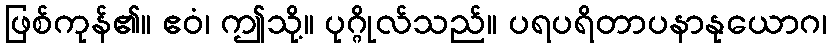
ဖြစ်ကုန်၏။ ဧဝံ၊ ဤသို့။ ပုဂ္ဂိုလ်သည်။ ပရပရိတာပနာနုယောဂ၊